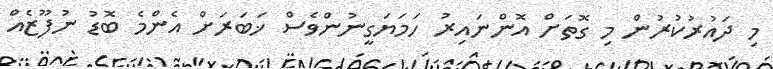
މި ދައުރުކުރުން މި ގޮތަށް އޮންނައިރު ހަމަޔަގީނުންވެސް ޚަބަރަށް އެންމެ ބޮޑު ނުފޫޒެއް